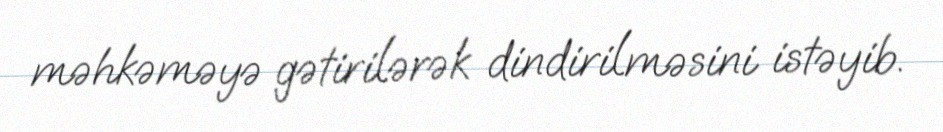
məhkəməyə gətirilərək dindirilməsini istəyib.